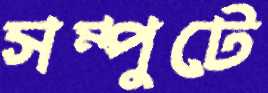
সম্পুটে